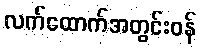
လက်ထောက်အတွင်းဝန်